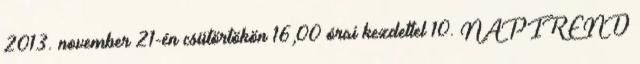
2013. november 21-én csütörtökön 16,00 órai kezdettel 10. NAPIREND